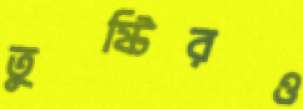
তুষ্টিরও